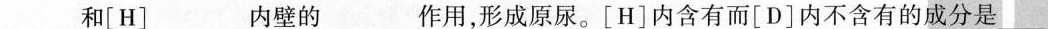
___和[H]___内壁的___作用，形成原尿。[H]内含有而[D]内不含有的成分是